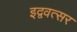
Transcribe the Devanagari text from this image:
इद्ववत्सर